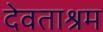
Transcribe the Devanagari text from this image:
देवताश्रम